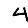
Digit: 4